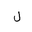
Letter: _lam